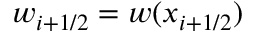
w _ { i + 1 / 2 } = w ( x _ { i + 1 / 2 } )